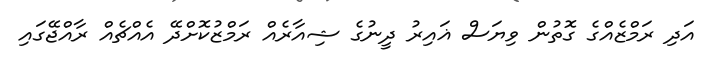
އަދި ރަމްޒެއްގެ ގޮތުން ވިޔަސް ޣައިރު ދީނުގެ ޝިއާރެއް ރަމްޒުކޮށްދޭ އެއްޗެއް ރާއްޖޭގައި